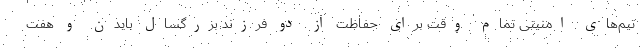
تیم‌های امنیتی تمام وقت برای حفاظت از دو فرزند بزرگسال بایدن و هفت